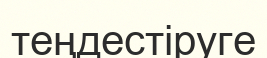
теңдестіруге